Vaccination United Provinces of Agra and Oudh 1902-1913 - 1902-1913
Year: 1902
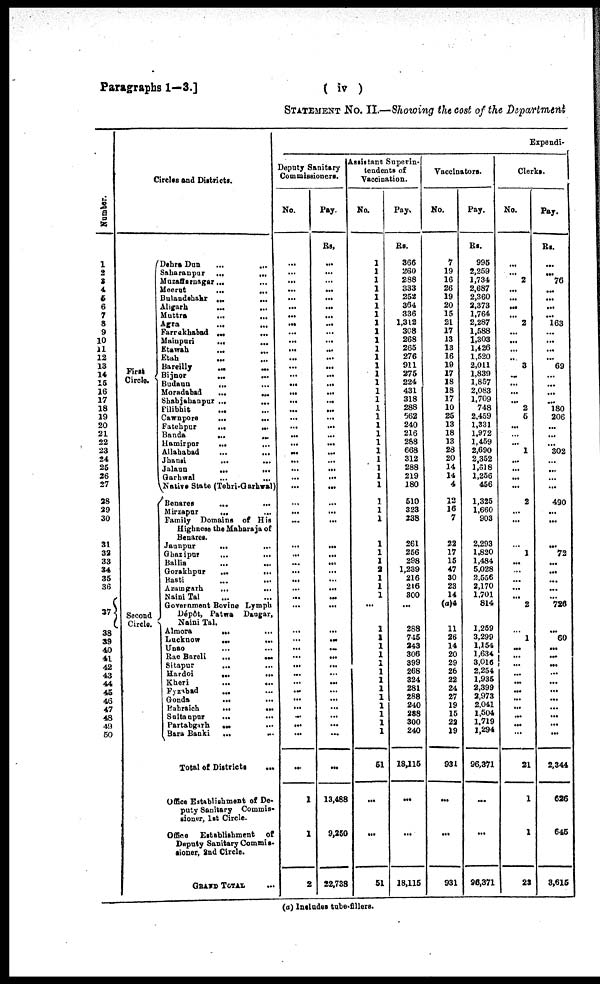
Paragraphs 1—3.]
( iv )
STATEMENT No. II.—Showing the cost of the Department
Number.
1
2
3
4
5
6
7
8
9
10
11
12
13
14
15
16
17
18
19
20
21
22
23
24
25
26
27
28
29
30
31
32
33
34
35
36
37
38
39
40
41
42
43
44
45
46
47
48
49
50
Circles and Districts.
First
Circle.
Second
Circle.
Dehra Dun
...
...
...
Saharanpur
...
...
...
Muzaffarnagar ... ... ...
Meerut
...
...
...
Bulandshahr ... ... ...
Aligarh
...
...
...
Muttra
...
...
...
Agra
...
...
...
Farrakhabad
...
...
...
Mainpuri
...
...
...
Etawah
...
...
...
Etah ... ... ...
Bareilly ... ... ...
Bijnor
...
...
...
Budaun ... ... ...
Moradabad
...
...
...
Shahjahanpur ... ... ...
Pilibhit ... ... ...
Cawnpore
...
...
...
Fatehpur
...
...
...
Banda
...
...
...
Hamirpur ... ... ...
Allahabad
...
...
...
Jhansi
...
...
...
Jalaun
...
...
...
Garhwal
...
...
...
Native State (Tehri-Garhwal)
Benares
...
...
...
Mirzapur ... ... ...
Family Domains of His
Highness the Maharaja of
Benares.
Jaunpur
...
...
...
Ghazipur
...
...
...
Ballia
...
...
...
Gorakhpur
...
...
...
Basti
...
...
...
Azmgarh
...
...
...
Naini Tal ... ... ...
Government Bovine Lymph
Dépôt, Patwa Dangar,
Naini Tal.
Almora ... ... ...
Lucknow
...
...
...
Unao ... ... ...
Rae Bareli
...
...
...
Sitapur ... ... ...
Hardoi
...
...
...
Kheri
...
...
...
Fyzabad ... ... ...
Gonda
...
...
...
Bahraich ... ... ...
Sultanpur
...
...
...
Partabgarh ... ... ...
Bara Banki
...
...
...
Total of Districts
...
Office Establishment of De-
puty Sanitary Commis-
sioner, 1st Circle.
Office
Establishment of
Deputy Sanitary Commis-
sioner, 2nd Circle.
GRAND TOTAL ...
Expendi-
Deputy Sanitary
Commissioners.
No.
...
...
...
...
...
...
...
...
...
...
...
...
...
...
...
...
...
...
...
...
...
...
...
...
...
...
...
...
...
...
...
...
...
...
...
...
...
...
...
...
...
...
...
...
...
...
...
...
...
...
...
...
1
1
2
Pay.
Rs.
...
...
...
...
...
...
...
...
...
...
...
...
...
...
...
...
...
...
...
...
...
...
...
...
...
...
...
...
...
...
...
...
...
...
...
...
...
...
...
...
...
...
...
...
...
...
...
...
...
...
...
...
13,488
9,250
22,738
Assistant Superin-
tendents of
Vaccination.
No.
1
1
1
1
1
1
1
1
1
1
1
1
1
1
1
1
1
1
1
1
1
1
1
1
1
1
1
1
1
1
1
1
1
2
1
1
1
...
1
1
1
1
1
1
1
1
1
1
1
1
1
51
...
...
51
Pay.
Rs.
366
260
288
333
252
364
336
1,312
308
268
265
276
911
275
224
431
318
288
562
240
216
288
668
312
288
219
180
510
323
238
261
256
298
1,239
216
216
300
...
288
745
243
306
399
268
324
281
288
240
288
300
240
18,115
...
...
18,115
Vaccinators.
No.
7
19
16
26
19
20
15
21
17
13
13
16
19
17
18
18
17
10
25
13
18
13
28
20
14
14
4
12
16
7
22
17
15
47
30
23
14
(a)4
11
26
14
20
29
26
22
24
27
19
15
22
19
931
...
...
931
Pay.
Rs.
995
2,259
1,734
2,687
2,360
2,373
1,764
2,287
1,588
1,303
1,426
1,520
2,011
1,839
1,857
2,083
1,709
748
2,459
1,331
1,972
1,459
2,690
2,352
1,618
1,256
456
1,325
1,660
903
2,293
1,820
1,484
5,028
2,556
2,170
1,701
814
1,259
3,299
1,154
1,634
3,016
2,254
1,935
2,399
2,973
2,041
1,504
1,719
1,294
96,371
...
...
96,371
Clerks.
No.
...
...
2
...
...
...
...
2
...
...
...
...
3
...
...
...
...
2
5
...
...
...
1
...
...
...
...
2
...
...
...
1
...
...
...
...
...
2
...
1
...
...
...
...
...
...
...
...
...
...
...
21
1
1
23
Pay.
Rs.
...
...
76
...
...
...
...
163
...
...
...
...
69
...
...
...
...
180
206
...
...
...
302
...
...
...
...
490
...
...
...
72
...
...
...
...
...
726
...
60
...
...
...
...
...
...
...
...
...
...
...
2,344
626
645
3,615
(a) Includes tube-fillers.